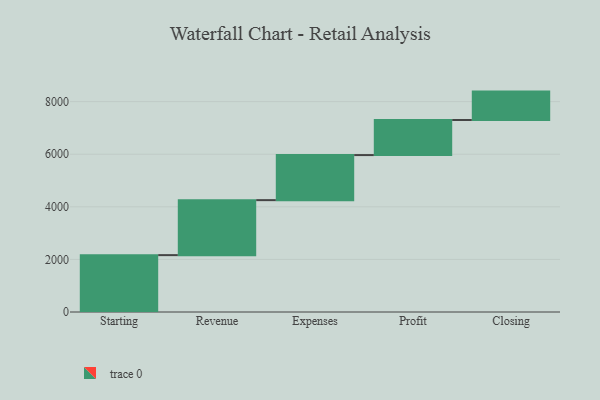
{"axis": {"x": "Step", "y": "Value"}, "legend": [""], "data": [{"x": "Starting", "y": 2163.0, "type": ""}, {"x": "Revenue", "y": 2091.0, "type": ""}, {"x": "Expenses", "y": 1714.0, "type": ""}, {"x": "Profit", "y": 1333.0, "type": ""}, {"x": "Closing", "y": 1081.0, "type": ""}]}